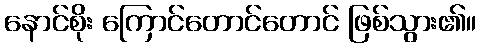
နောင်စိုး ကြောင်တောင်တောင် ဖြစ်သွား၏။